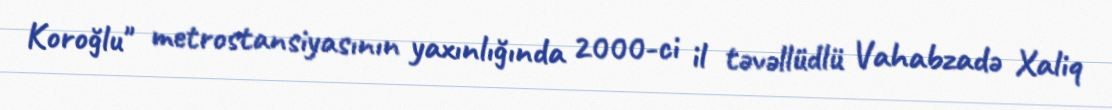
Koroğlu" metrostansiyasının yaxınlığında 2000-ci il təvəllüdlü Vahabzadə Xaliq